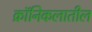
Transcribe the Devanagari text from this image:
क्रॉनिकलातील